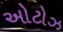
ઓટોઝ